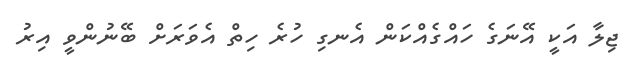
ޖިލާ އަކީ އޭނަގެ ހައްގެއްކަން އެނގި ހުރެ ހިތް އެވަރަށް ބޭނުންވީ އިރު